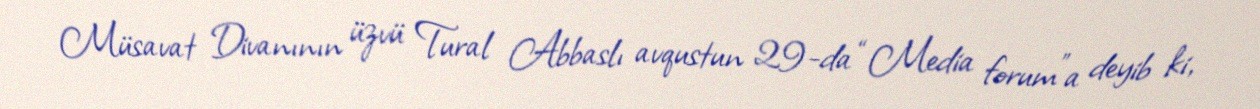
Müsavat Divanının üzvü Tural Abbaslı avqustun 29-da “Media forum”a deyib ki,